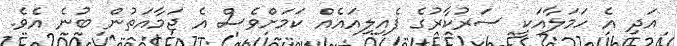
އަދި އެ ހަމަލާއަކީ ސަރުކާރުގެ ފެއިލިއައެއް ކަމަށްވެސް އެ ޖަމާއަތުން ބުނެ އެެެވެ.